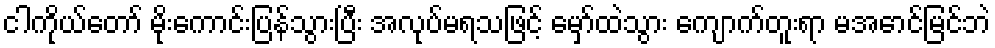
ငါကိုယ်တော် မိုးကောင်းပြန်သွားပြီး အလုပ်မရသဖြင့် မှော်ထဲသွား ကျောက်တူးရာ မအောင်မြင်ဘဲ